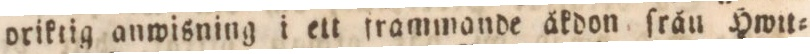
oriktig anwisning i ett frammande åkdon ſråu Hwit=